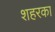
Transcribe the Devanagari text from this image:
शहरका